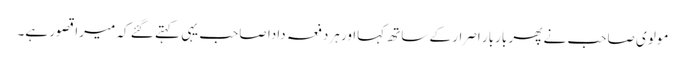
مولوی صاحب نے پھر باربار اصرار کے ساتھ کہااور ہردفعہ دادا صاحب یہی کہتے گئے کہ میرا قصور ہے۔